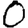
Digit: 0